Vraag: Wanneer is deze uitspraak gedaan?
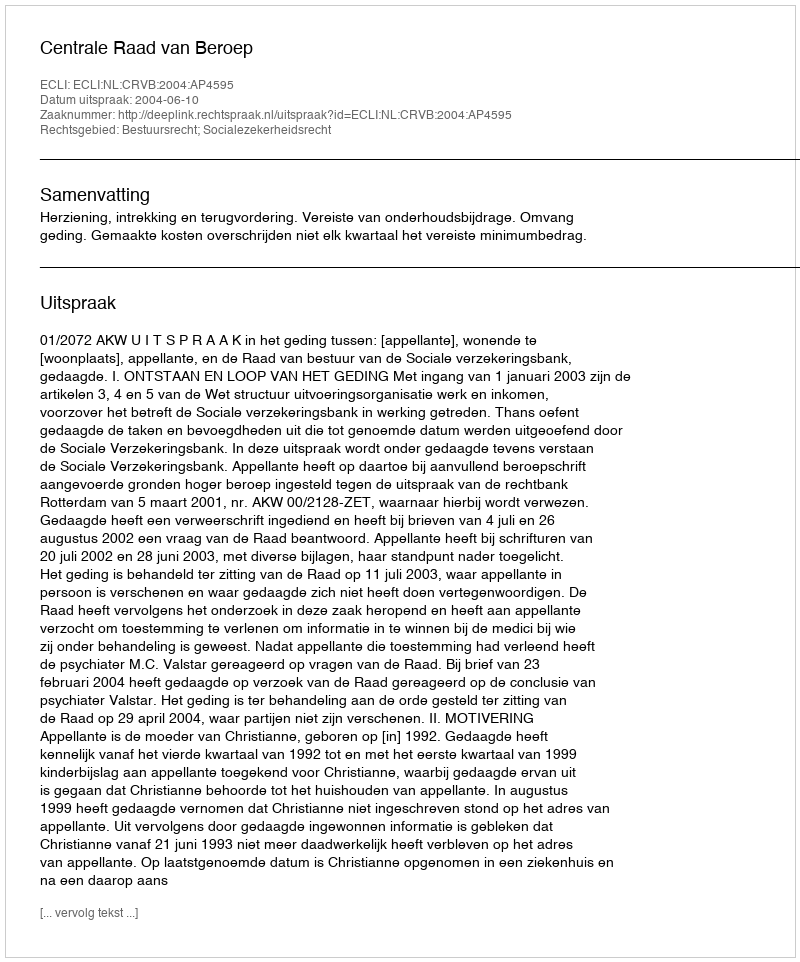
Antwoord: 2004-06-10